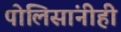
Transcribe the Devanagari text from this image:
पोलिसांनीही